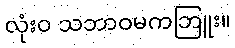
လုံးဝ သဘာဝမကဘြူး။